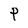
Character: P